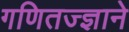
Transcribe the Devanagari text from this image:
गणितज्ज्ञाने